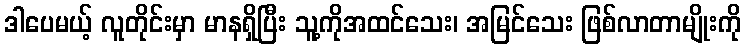
ဒါပေမယ့် လူတိုင်းမှာ မာနရှိပြီး သူ့ကိုအထင်သေး၊ အမြင်သေး ဖြစ်လာတာမျိုးကို